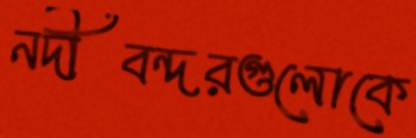
নদীবন্দরগুলোকে